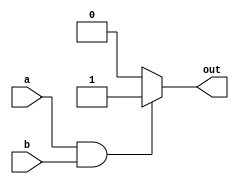
module and_gate (
    input wire a,
    input wire b,
    output reg out
);

always @(*) begin
    if (a & b)
        out = 1;
    else
        out = 0;
end

endmodule